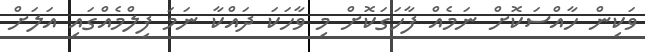
ވަކިން ހާއްސަކޮށް ނަމެއް ފާހަގަކޮށް މި ވާހަކަ ދައްކާ ނަމަ ފިލްމެއްގައި އަލަށް